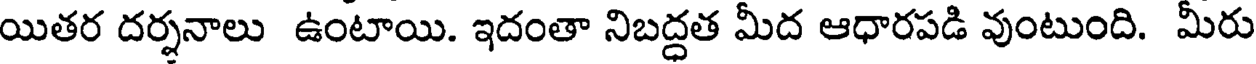
యితర దర్శనాలు ఉంటాయి. ఇదంతా నిబద్ధత మీద ఆధారపడి వుంటుంది. మీరు